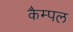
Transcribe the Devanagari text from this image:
कैम्पल